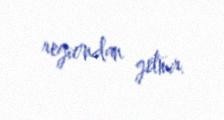
regiondan getmir.